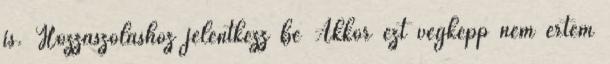
is. Hozzászóláshoz jelentkezz be Akkor ezt végképp nem értem